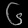
Digit: ၆